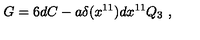
G = 6 d C - a \delta ( x ^ { 1 1 } ) d x ^ { 1 1 } Q _ { 3 } \ ,